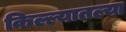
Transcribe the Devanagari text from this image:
किल्ल्यातल्या